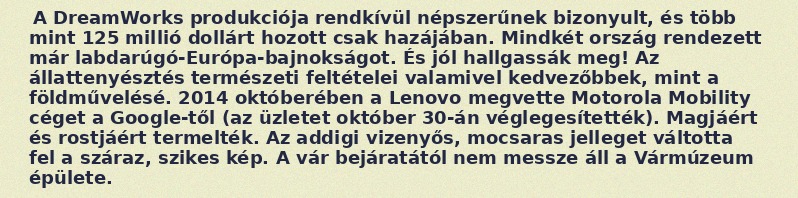
A DreamWorks produkciója rendkívül népszerűnek bizonyult, és több mint 125 millió dollárt hozott csak hazájában. Mindkét ország rendezett már labdarúgó-Európa-bajnokságot. És jól hallgassák meg! Az állattenyésztés természeti feltételei valamivel kedvezőbbek, mint a földművelésé. 2014 októberében a Lenovo megvette Motorola Mobility céget a Google-től (az üzletet október 30-án véglegesítették). Magjáért és rostjáért termelték. Az addigi vizenyős, mocsaras jelleget váltotta fel a száraz, szikes kép. A vár bejáratától nem messze áll a Vármúzeum épülete.